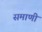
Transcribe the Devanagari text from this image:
समाणी